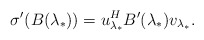
\begin{align*}\sigma^{\prime}(B(\lambda_*))=u_{\lambda_*}^{H}B^{\prime}(\lambda_*)v_{\lambda_*}.\end{align*}